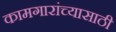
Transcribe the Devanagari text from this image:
कामगारांच्यासाठी